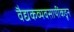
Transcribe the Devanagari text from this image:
वैद्यकव्यवसायींकडून